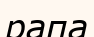
рапа